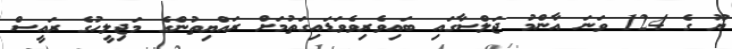
ޔޫ ގެ 124 ވަނަ އާންމު ޖަލްސާގައި ބައިވެރިވެވަޑައިގަތުމަށް ރައްޔިތުންގެ މަޖިލީހުގެ ރައީސް